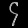
Digit: ၄